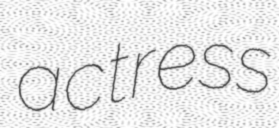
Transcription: actress